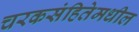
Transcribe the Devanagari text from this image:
चरकसंहितेमधील